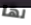
لها